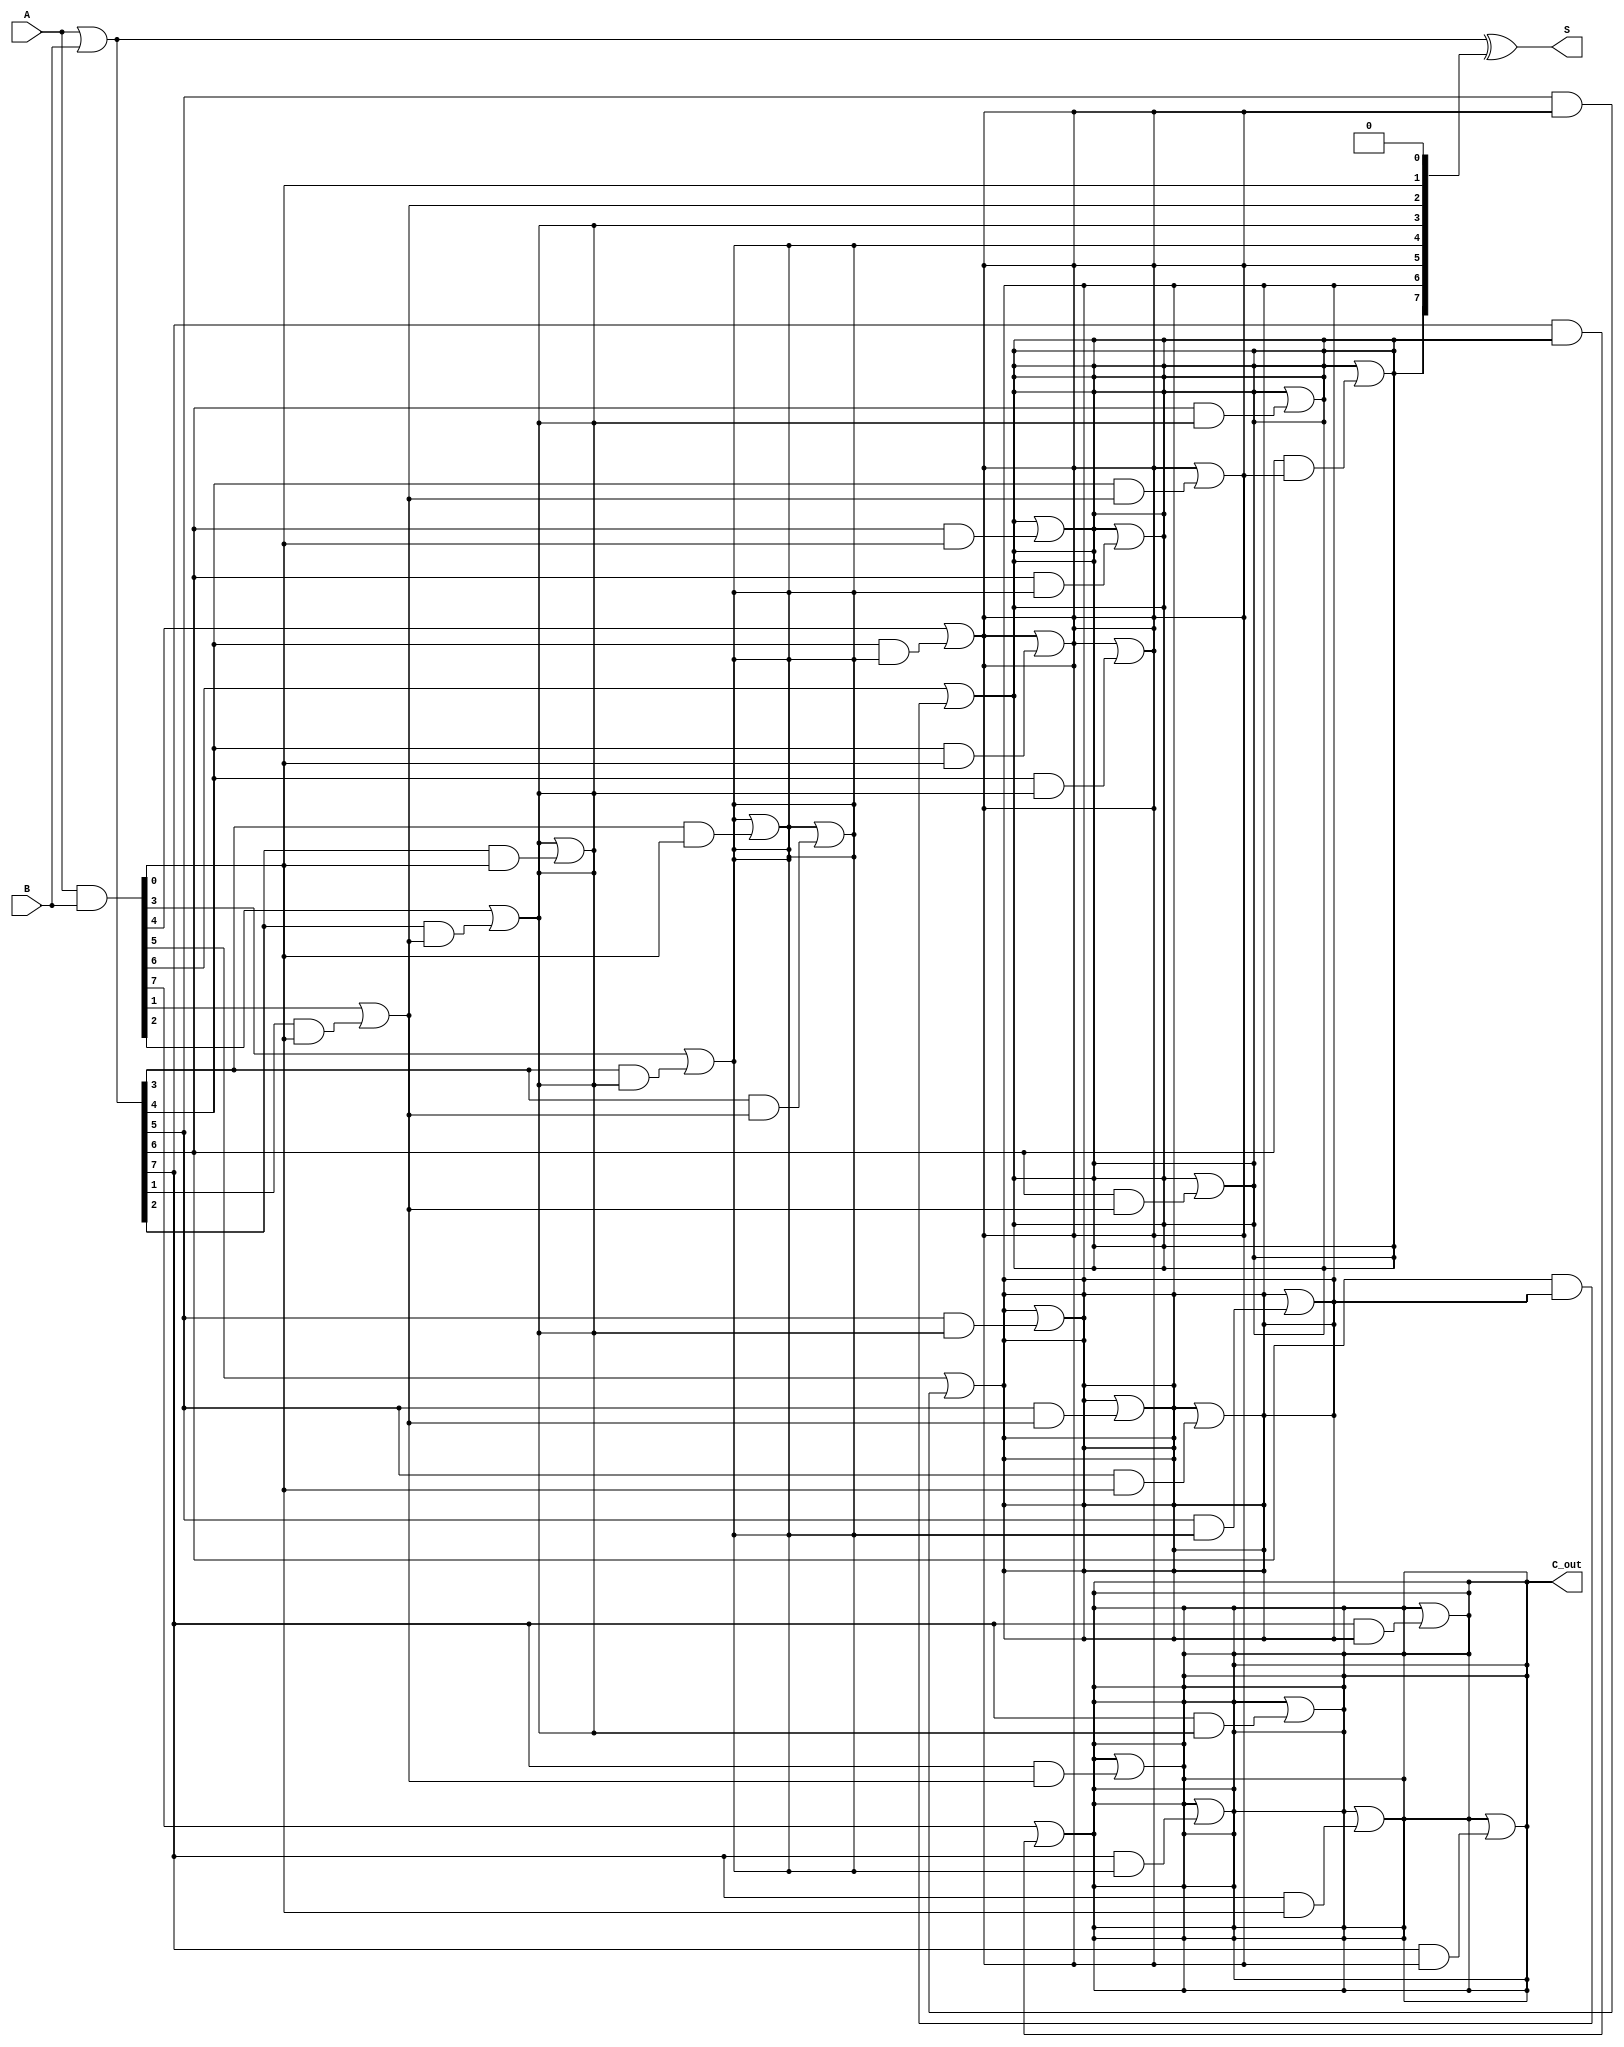
module brent_kung_adder #(parameter n = 8) (
    input  [n-1:0] A,
    input  [n-1:0] B,
    output [n-1:0] S,
    output         C_out
);

    // Generate and propagate signals
    wire [n-1:0] G; // Generate
    wire [n-1:0] P; // Propagate
    wire [n:0] C;   // Carry signals

    // Generate and propagate calculations
    assign G = A & B;
    assign P = A | B;

    // Initialize carry C[0] to 0
    assign C[0] = 1'b0;

    // Carry tree computation
    genvar i, j, k;
    generate
        // First level of carry computation
        for (i = 0; i < n; i = i + 1) begin : level_1
            assign C[i+1] = G[i] | (P[i] & C[i]);
        end

        // Additional levels of carry computation
        for (k = 1; k < n; k = k + 1) begin : levels
            for (j = 0; j < n - k; j = j + 1) begin : carry_tree
                assign C[j + k + 1] = C[j + k + 1] | (P[j + k] & C[j]);
            end
        end
    endgenerate

    // Sum calculation
    assign S = P ^ C[n-1:0];

    // Final carry out
    assign C_out = C[n];

endmodule